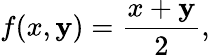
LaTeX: f(x,\mathbf{y})={\frac{{x+\mathbf{y}}}{{2}}},